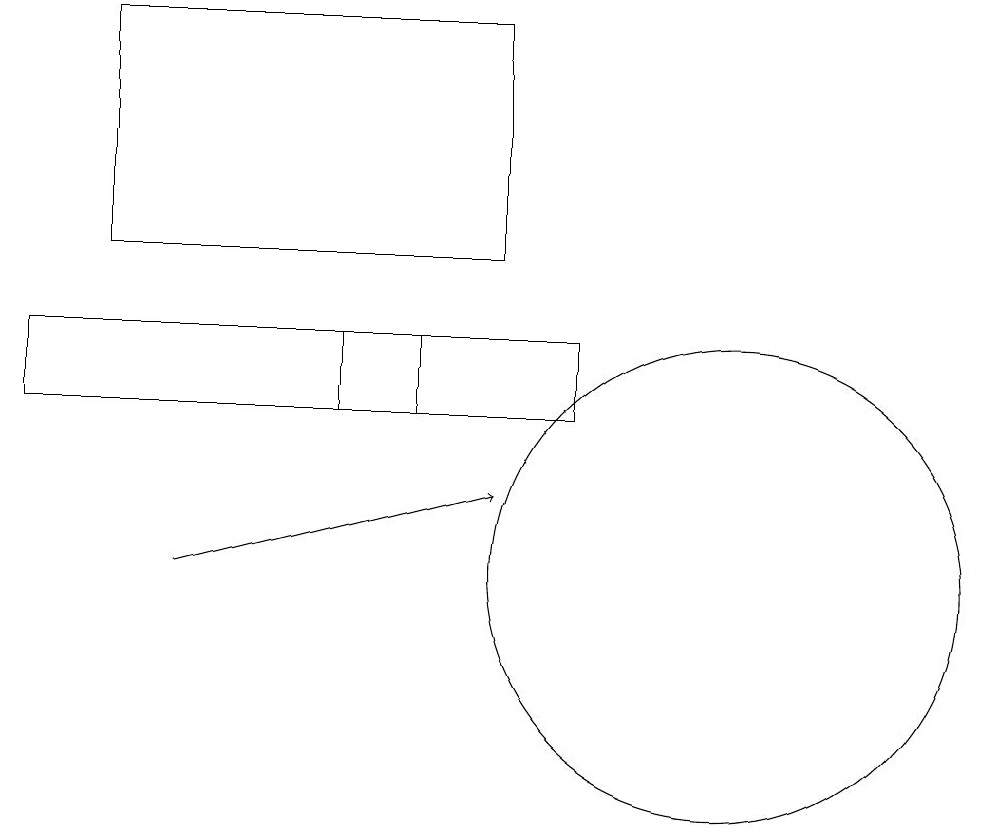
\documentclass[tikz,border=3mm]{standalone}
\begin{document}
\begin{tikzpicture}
\draw (6,13) rectangle (7,14);
\draw (3,15) rectangle (8,18);
\draw[->] (4,11) -- (8,12);
\draw (2,14) rectangle (9,13);
\draw (11,11) circle (3);
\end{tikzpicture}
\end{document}